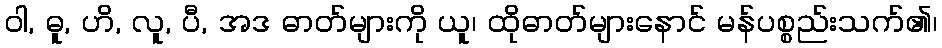
ဝါ, ဓူ, ဟိ, လူ, ပီ, အဒ ဓာတ်များကို ယူ၊ ထိုဓာတ်များနောင် မန်ပစ္စည်းသက်၏၊